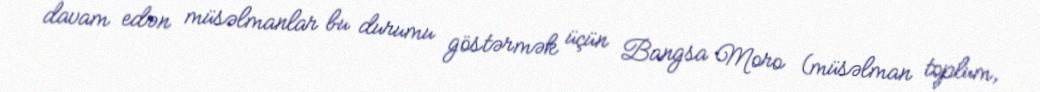
davam edən müsəlmanlar bu durumu göstərmək üçün Bangsa Moro (müsəlman toplum,